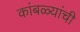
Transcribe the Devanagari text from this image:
कांबळ्यांची